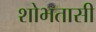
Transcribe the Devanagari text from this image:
शोभतासी